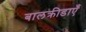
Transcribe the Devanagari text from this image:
बालक्रीडाएँ